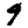
Digit: 9